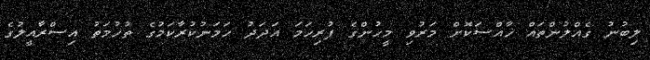
ލިބުނު ގެއްލުންތައް ޚާއްސަކޮށް މަރުވި މީހުންގެ ފުރިހަމަ އަދަދު ހަމަނުކުރާކަމުގެ ތުހުމަތު އިސްރާއީލުގެ